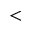
<